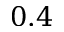
0 . 4